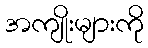
အကျိုးများကို